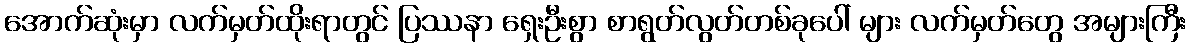
အောက်ဆုံးမှာ လက်မှတ်ထိုးရာတွင် ပြဿနာ ရှေးဦးစွာ စာရွတ်လွတ်တစ်ခုပေါ် များ လက်မှတ်တွေ အများကြီး